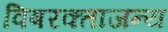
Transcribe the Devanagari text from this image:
विषरक्ताजन्य